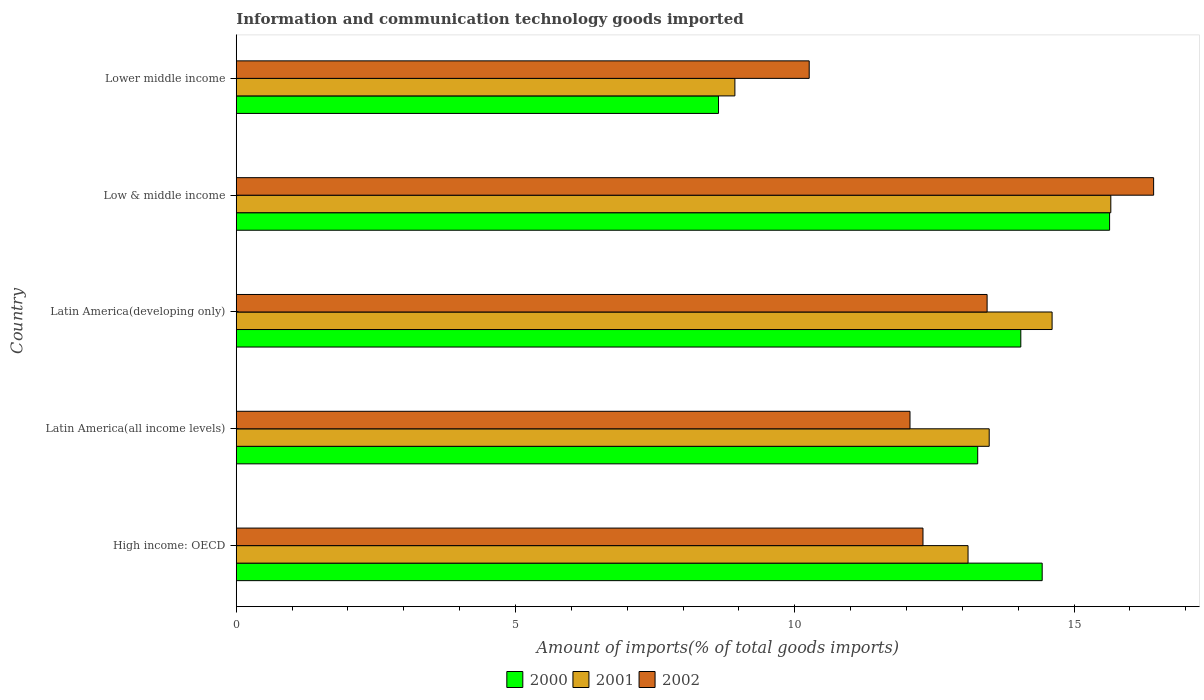
| Country | 2000 | 2001 | 2002 |
 | --- | --- | --- | --- |
 | High income: OECD | 14.4 | 13.1 | 12.3 |
 | Latin America(all income levels) | 13.3 | 13.5 | 12.1 |
 | Latin America(developing only) | 14 | 14.6 | 13.4 |
 | Low & middle income | 15.6 | 15.7 | 16.4 |
 | Lower middle income | 8.63 | 8.93 | 10.3 |